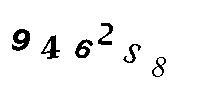
9462S8